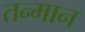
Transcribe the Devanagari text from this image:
तन्मान